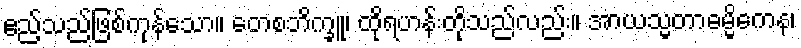
ဧည့်သည်ဖြစ်ကုန်သော။ တေစဘိက္ခူ၊ ထိုရဟန်းတိုသည်လည်း။ အာယသ္မတာဓမ္မိကေန၊